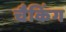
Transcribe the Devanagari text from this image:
चैकिंग